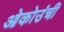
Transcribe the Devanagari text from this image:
ओकोउंची